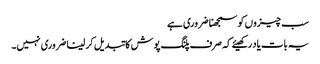
سب چیزوں کو سمجھنا ضروری ہے
یہ بات یاد رکھیئے کہ صرف پلنگ پوش کا تبدیل کر لینا ضروری نہیں۔